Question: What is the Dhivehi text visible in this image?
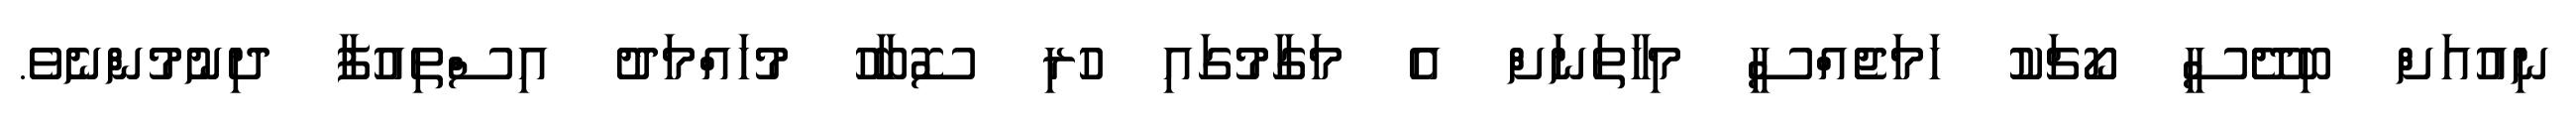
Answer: ނިއުއަށް ބިދޭސީ ކޯޗަކު ހަމަޖެއްސީ މިހާތަނަށް އެ މަގާމުގައި ހުރި ސޮބާހު މުހައްމަދު އިސްތިއުފާ ދިނުމުންނެވެ.